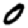
Digit: 0